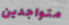
متواجدين